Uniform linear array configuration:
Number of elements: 16
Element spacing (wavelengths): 1
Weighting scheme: hann
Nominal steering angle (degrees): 15
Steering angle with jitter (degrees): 15.922
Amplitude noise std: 0.05
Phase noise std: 0.05

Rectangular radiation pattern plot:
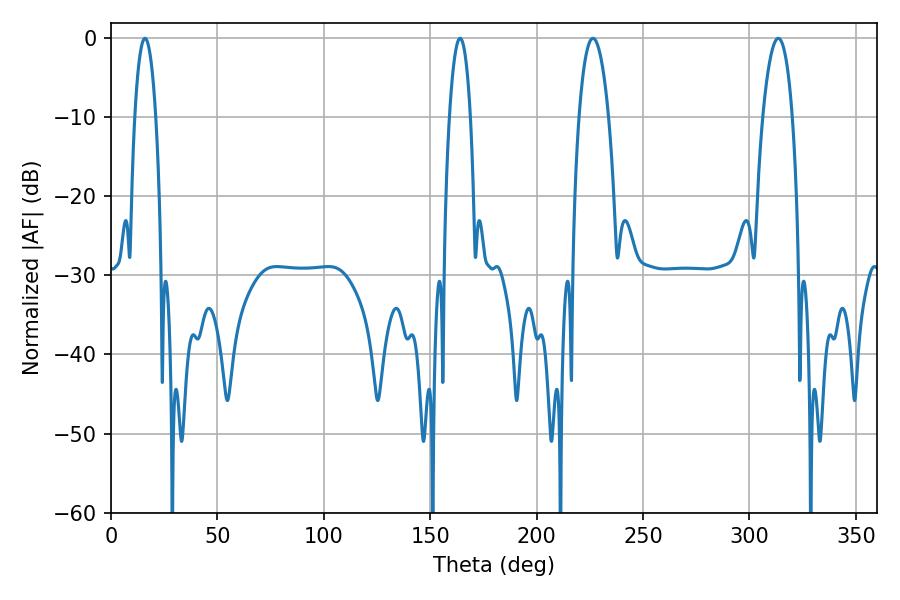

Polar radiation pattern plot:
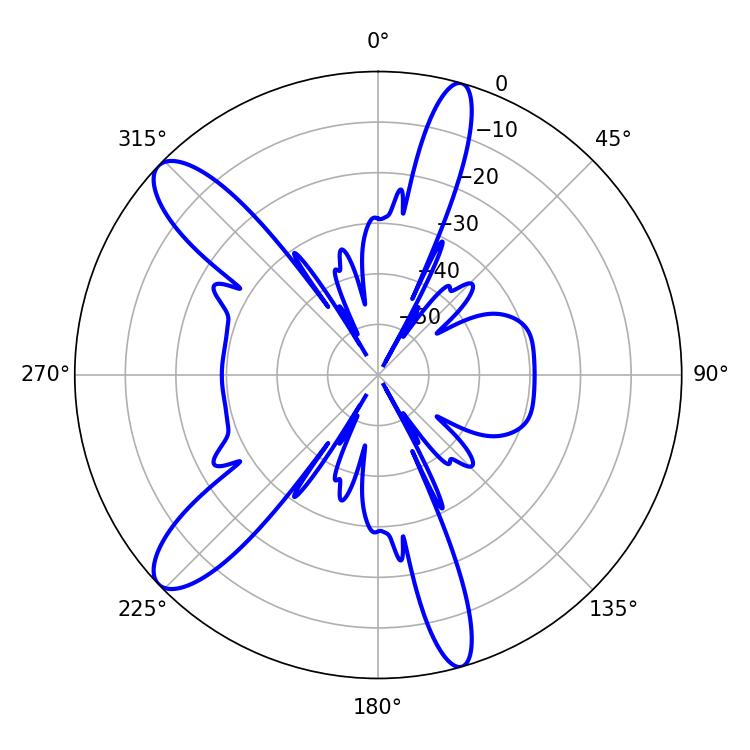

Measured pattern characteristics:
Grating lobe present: TRUE
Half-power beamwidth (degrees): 7.74
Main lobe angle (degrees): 226.44